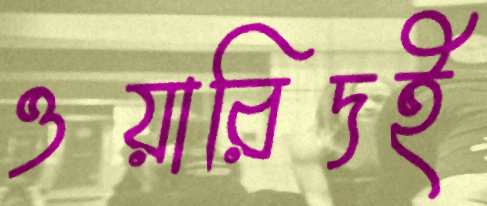
ওয়ারিদই